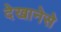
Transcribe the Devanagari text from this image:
देखानेसे